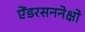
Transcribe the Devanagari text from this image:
ऐंडरसननेक्षो